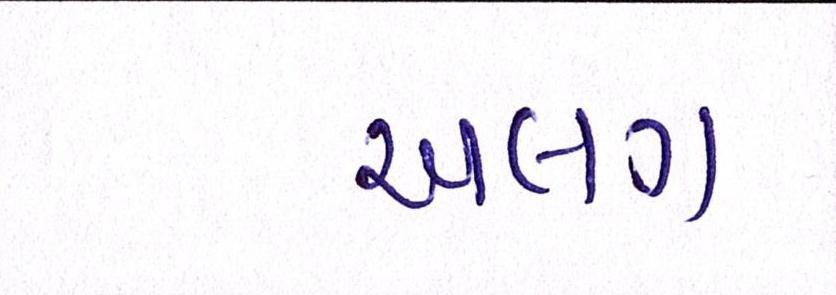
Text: અલગં